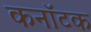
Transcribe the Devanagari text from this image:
कनॉटक